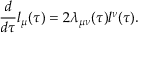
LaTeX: \frac { d } { d \tau } l _ { \mu } ( \tau ) = 2 \lambda _ { \mu \nu } ( \tau ) l ^ { \nu } ( \tau ) .